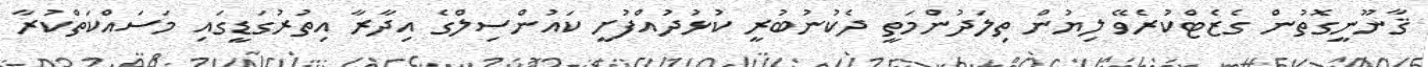
ޤާނޫނީގޮތުން ގެޒެޓްކުރެވޭ ލިޔުން ތިލަދުންމަތީ ދެކުނުބުރީ ކުޅުދުއްފުށީ ކައުންސިލްގެ އިދާރާ އިތުރުގަޑީގައި މަސައްކަތްކުރާ